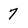
Character: 7